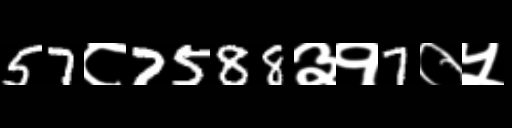
Text: 57८7588३१7०५